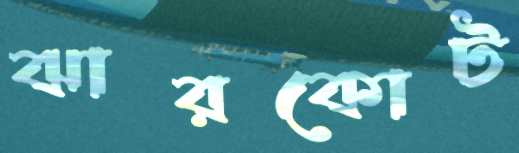
ঝারকোট